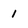
Character: 1